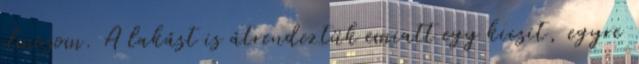
elmosom. A lakást is átrendeztük emiatt egy kicsit, egyre